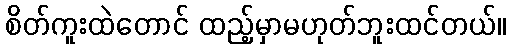
စိတ်ကူးထဲတောင် ထည့်မှာမဟုတ်ဘူးထင်တယ်။